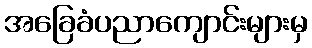
အခြေခံပညာကျောင်းများမှ